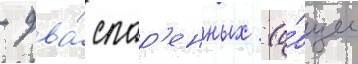
- два́ спар'енных (о́бщее